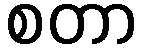
စတာ